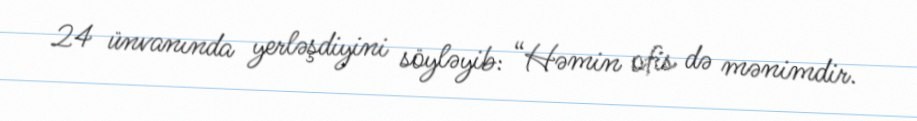
24 ünvanında yerləşdiyini söyləyib: “Həmin ofis də mənimdir.